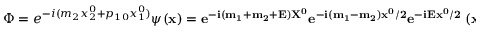
\Phi = e ^ { - i ( m _ { 2 } x _ { 2 } ^ { 0 } + p _ { 1 0 } x _ { 1 } ^ { 0 } ) } \psi ( \bf { x } ) = e ^ { - i ( m _ { 1 } + m _ { 2 } + E ) X ^ { 0 } } e ^ { - i ( m _ { 1 } - m _ { 2 } ) x ^ { 0 } / 2 } e ^ { - i E x ^ { 0 } / 2 } \psi ( \bf { x } ) , \ \ \ \ x ^ { 0 } < 0 ,